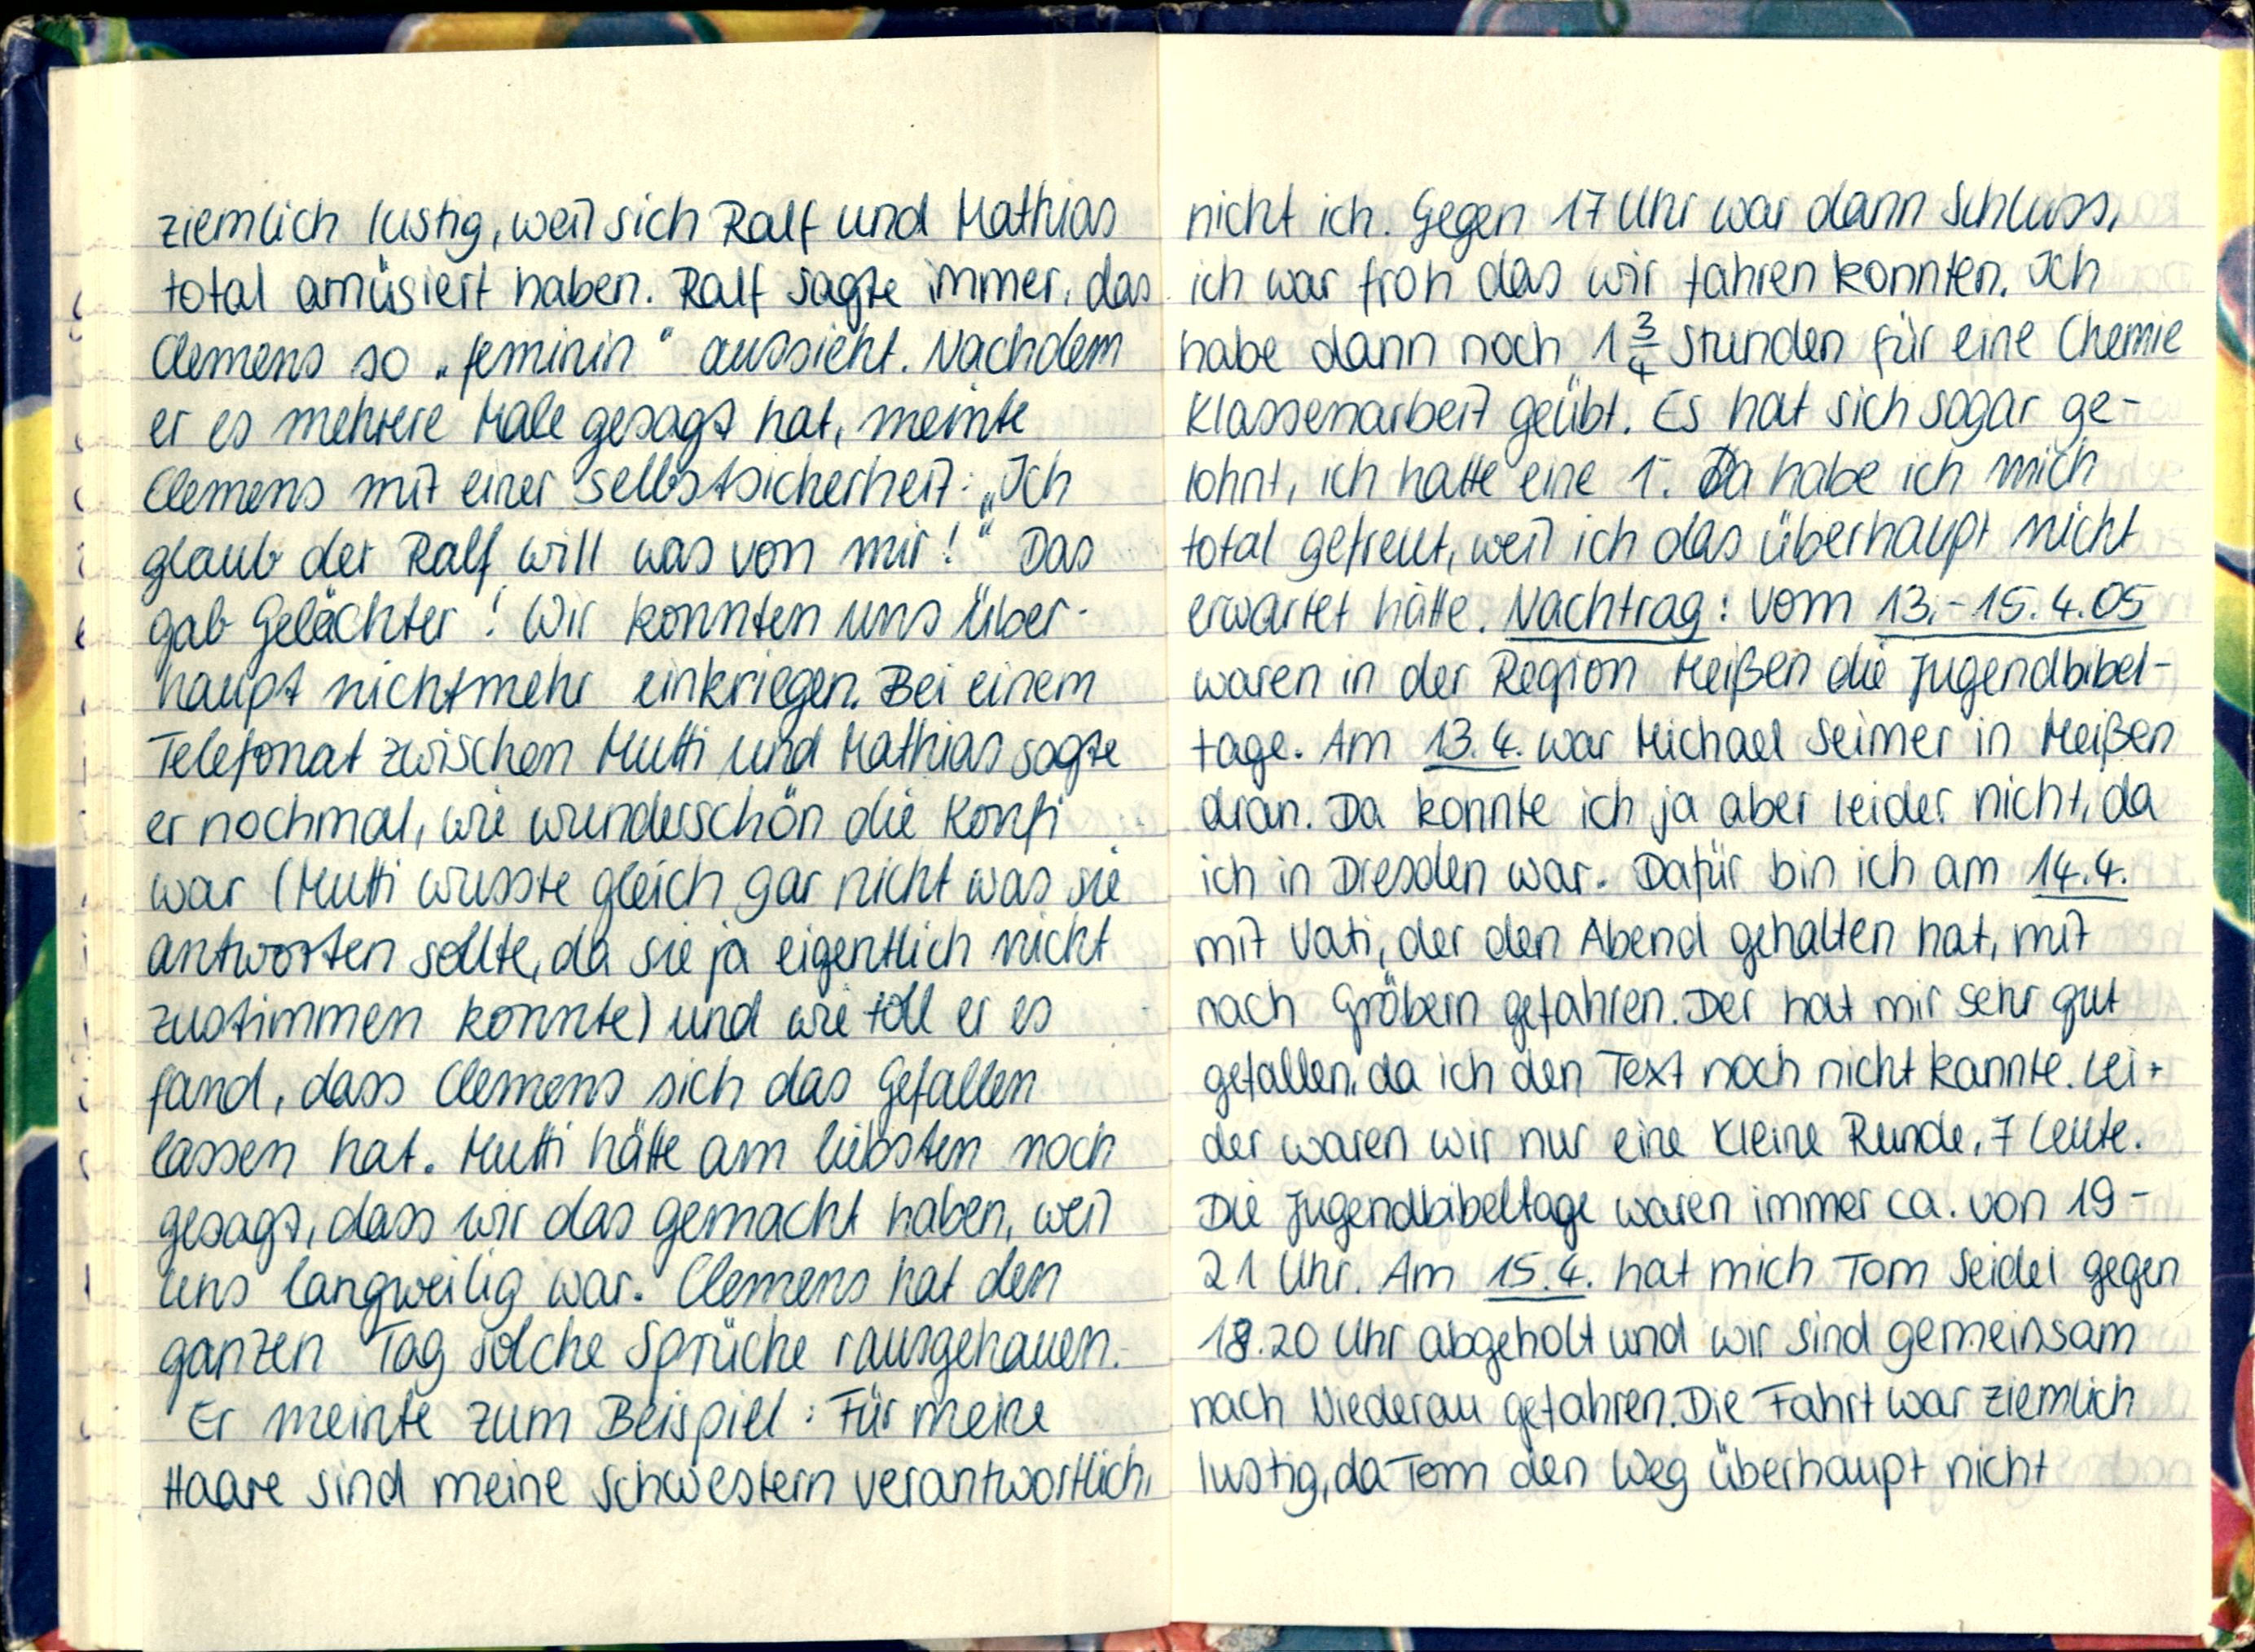
ziemlich lustig, weil sich Ralf und Mathias
total amüsiert haben. Ralf sagte immer, das
Clemens so „feminin" aussieht. Nachdem
er es mehrere Male gesagt hat, meinte
Clemens mit einer selbstsicherheit: „Ich
glaub der Ralf will was von mir!" Das
gab Gelächter. Wir konnten uns über
haupt nichtmehr einkriegen. Bei einem
Telefonat zwischemn Mutti und Mathias sagte
er nochmal, wie wunderschön die Konfi
war (Mutti wusste gleich gar nicht was sie
antworten sollte, da sie ja eigentlich nicht
zustimmen konnte) und wie toll er es
fand, dass Clemens sich das Gefallen
lassen hat. Mutti hätte am liebsten noch
gesagt, dass wir das gemacht haben, weil
uns langweilig war. Clemens hat den
ganzen Tag solche Sprüche rausgehauen.
Er meinte zum Beispiel: Für meine
Haare sind meine Schwestern verantwortlich,

nicht ich. Gegen 17 Uhr war dann Schluss,
ich war froh das wir fahren konnten. Ich
habe dann noch 1¾ Stunden für eine Chemie
Klassenarbeit geübt. Es hat sich sogar ge-
lohnt, ich hatte eine 1. Da habe ich mich
total gefreut, weil ich das überhaupt nicht
erwartet hätte. Nachtrag: Vom 13.-15.4.05
waren in der Region Meißen die Jugendbibel-
tage. Am 13.4 war Michael Seimer in Meißen
dran. Da konnte ich ja aber leider nicht, da
ich in Dresden war. Dafür bin ich am 14.4.
mit Vati, der den Abend gehalten hat, mit
nach Gröbern gefahren. Der hat mir sehr gut
gefallen, da ich den Text noch nicht kannte. Lei-
der waren wir nur eine Kleine Runde, 7 Leute.
Die Jugendbibeltage waren immer ca. Von 19-
21 Uhr. Am 15.4. hat mich Tom Seidel gegen
18.20 Uhr abgeholt und wir sind gemeinsam
nach Niederau gefahren. Die Fahrt war ziemlich
lustig, da Tom den Weg überhaupt nicht